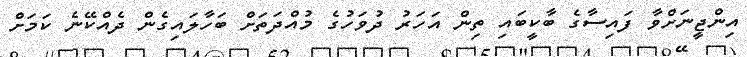
އިންޖީނަށްވާ ފައިސާގެ ބާކީބައި ތިން އަހަރު ދުވަހުގެ މުއްދަތަށް ބަހާލައިގެން ދެއްކޭނެ ކަމަށް